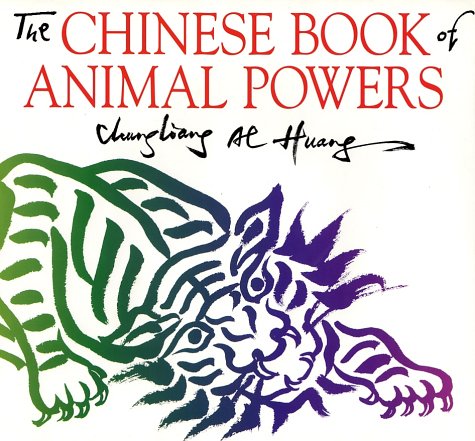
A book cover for The Chinese Book of Animal Powers; Chungliang Al Huang; Children's Books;